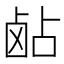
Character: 𬸵